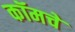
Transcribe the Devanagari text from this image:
कॉमचे